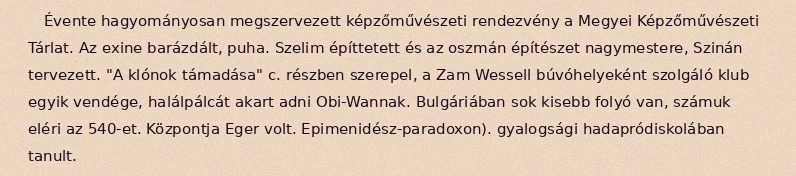
Évente hagyományosan megszervezett képzőművészeti rendezvény a Megyei Képzőművészeti Tárlat. Az exine barázdált, puha. Szelim építtetett és az oszmán építészet nagymestere, Szinán tervezett. "A klónok támadása" c. részben szerepel, a Zam Wessell búvóhelyeként szolgáló klub egyik vendége, halálpálcát akart adni Obi-Wannak. Bulgáriában sok kisebb folyó van, számuk eléri az 540-et. Központja Eger volt. Epimenidész-paradoxon). gyalogsági hadapródiskolában tanult.